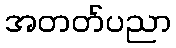
အတတ်ပညာ